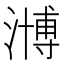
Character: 𣽡